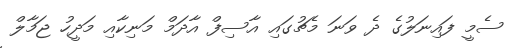
ސެމީ ފައިނަލުގެ ދެ ވަނަ މެޗުގައި އާސިފް އާދަމް މަނިކާއި މަދީހު ޖަމާލް